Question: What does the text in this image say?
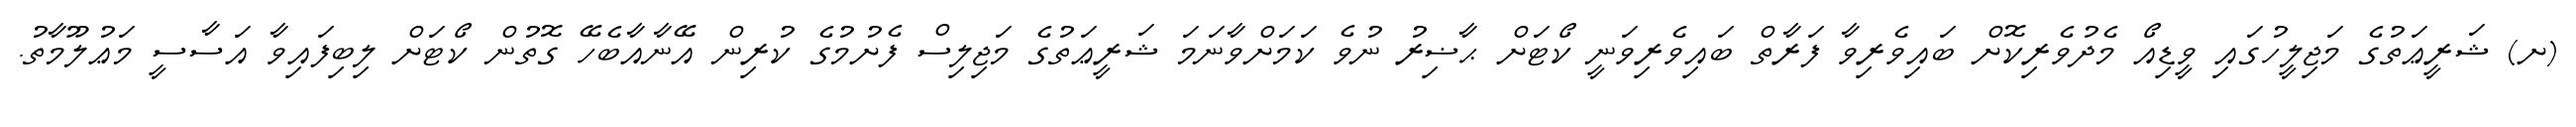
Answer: (ށ) ޝަރީޢަތުގެ މަޖިލީހުގައި ވީޑިއޯ މެދުވެރިކޮށް ބައިވެރިވާ ފަރާތް ބައިވެރިވަނީ ކޯޓަށް ޙާޟިރު ނުވެ ކަމަށްވާނަމަ ޝަރީޢަތުގެ މަޖިލިސް ފެށުމުގެ ކުރިން އޭނާއާބެހޭ ގޮތުން ކޯޓަށް ލިބިފައިވާ އަސާސީ މަޢުލޫމާތު.